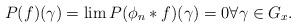
LaTeX: \begin{align*} P(f)(\gamma)= \lim P(\phi_n*f)(\gamma)=0 \forall \gamma\in G_x.\end{align*}